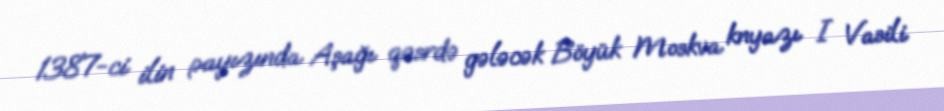
1387-ci ilin payızında Aşağı qəsrdə gələcək Böyük Moskva knyazı I Vasili